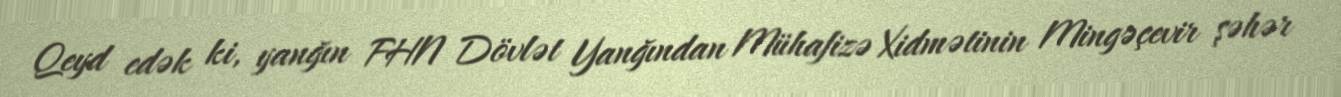
Qeyd edək ki, yanğın FHN Dövlət Yanğından Mühafizə Xidmətinin Mingəçevir şəhər